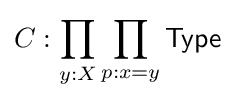
C:\prod _{y:X}\prod _{p:x=y}{\mathsf {Type}}